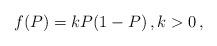
LaTeX: \begin{align*}f(P) = k P (1-P)\, , k > 0\, ,\end{align*}